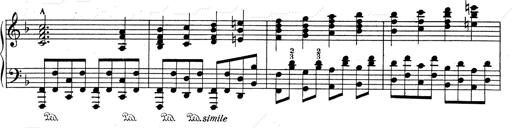
Title: Weinen, Klagen, Sorgen, Zagen
Composer: Franz Liszt